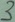
Text: 3